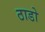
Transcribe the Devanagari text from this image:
ठाडो